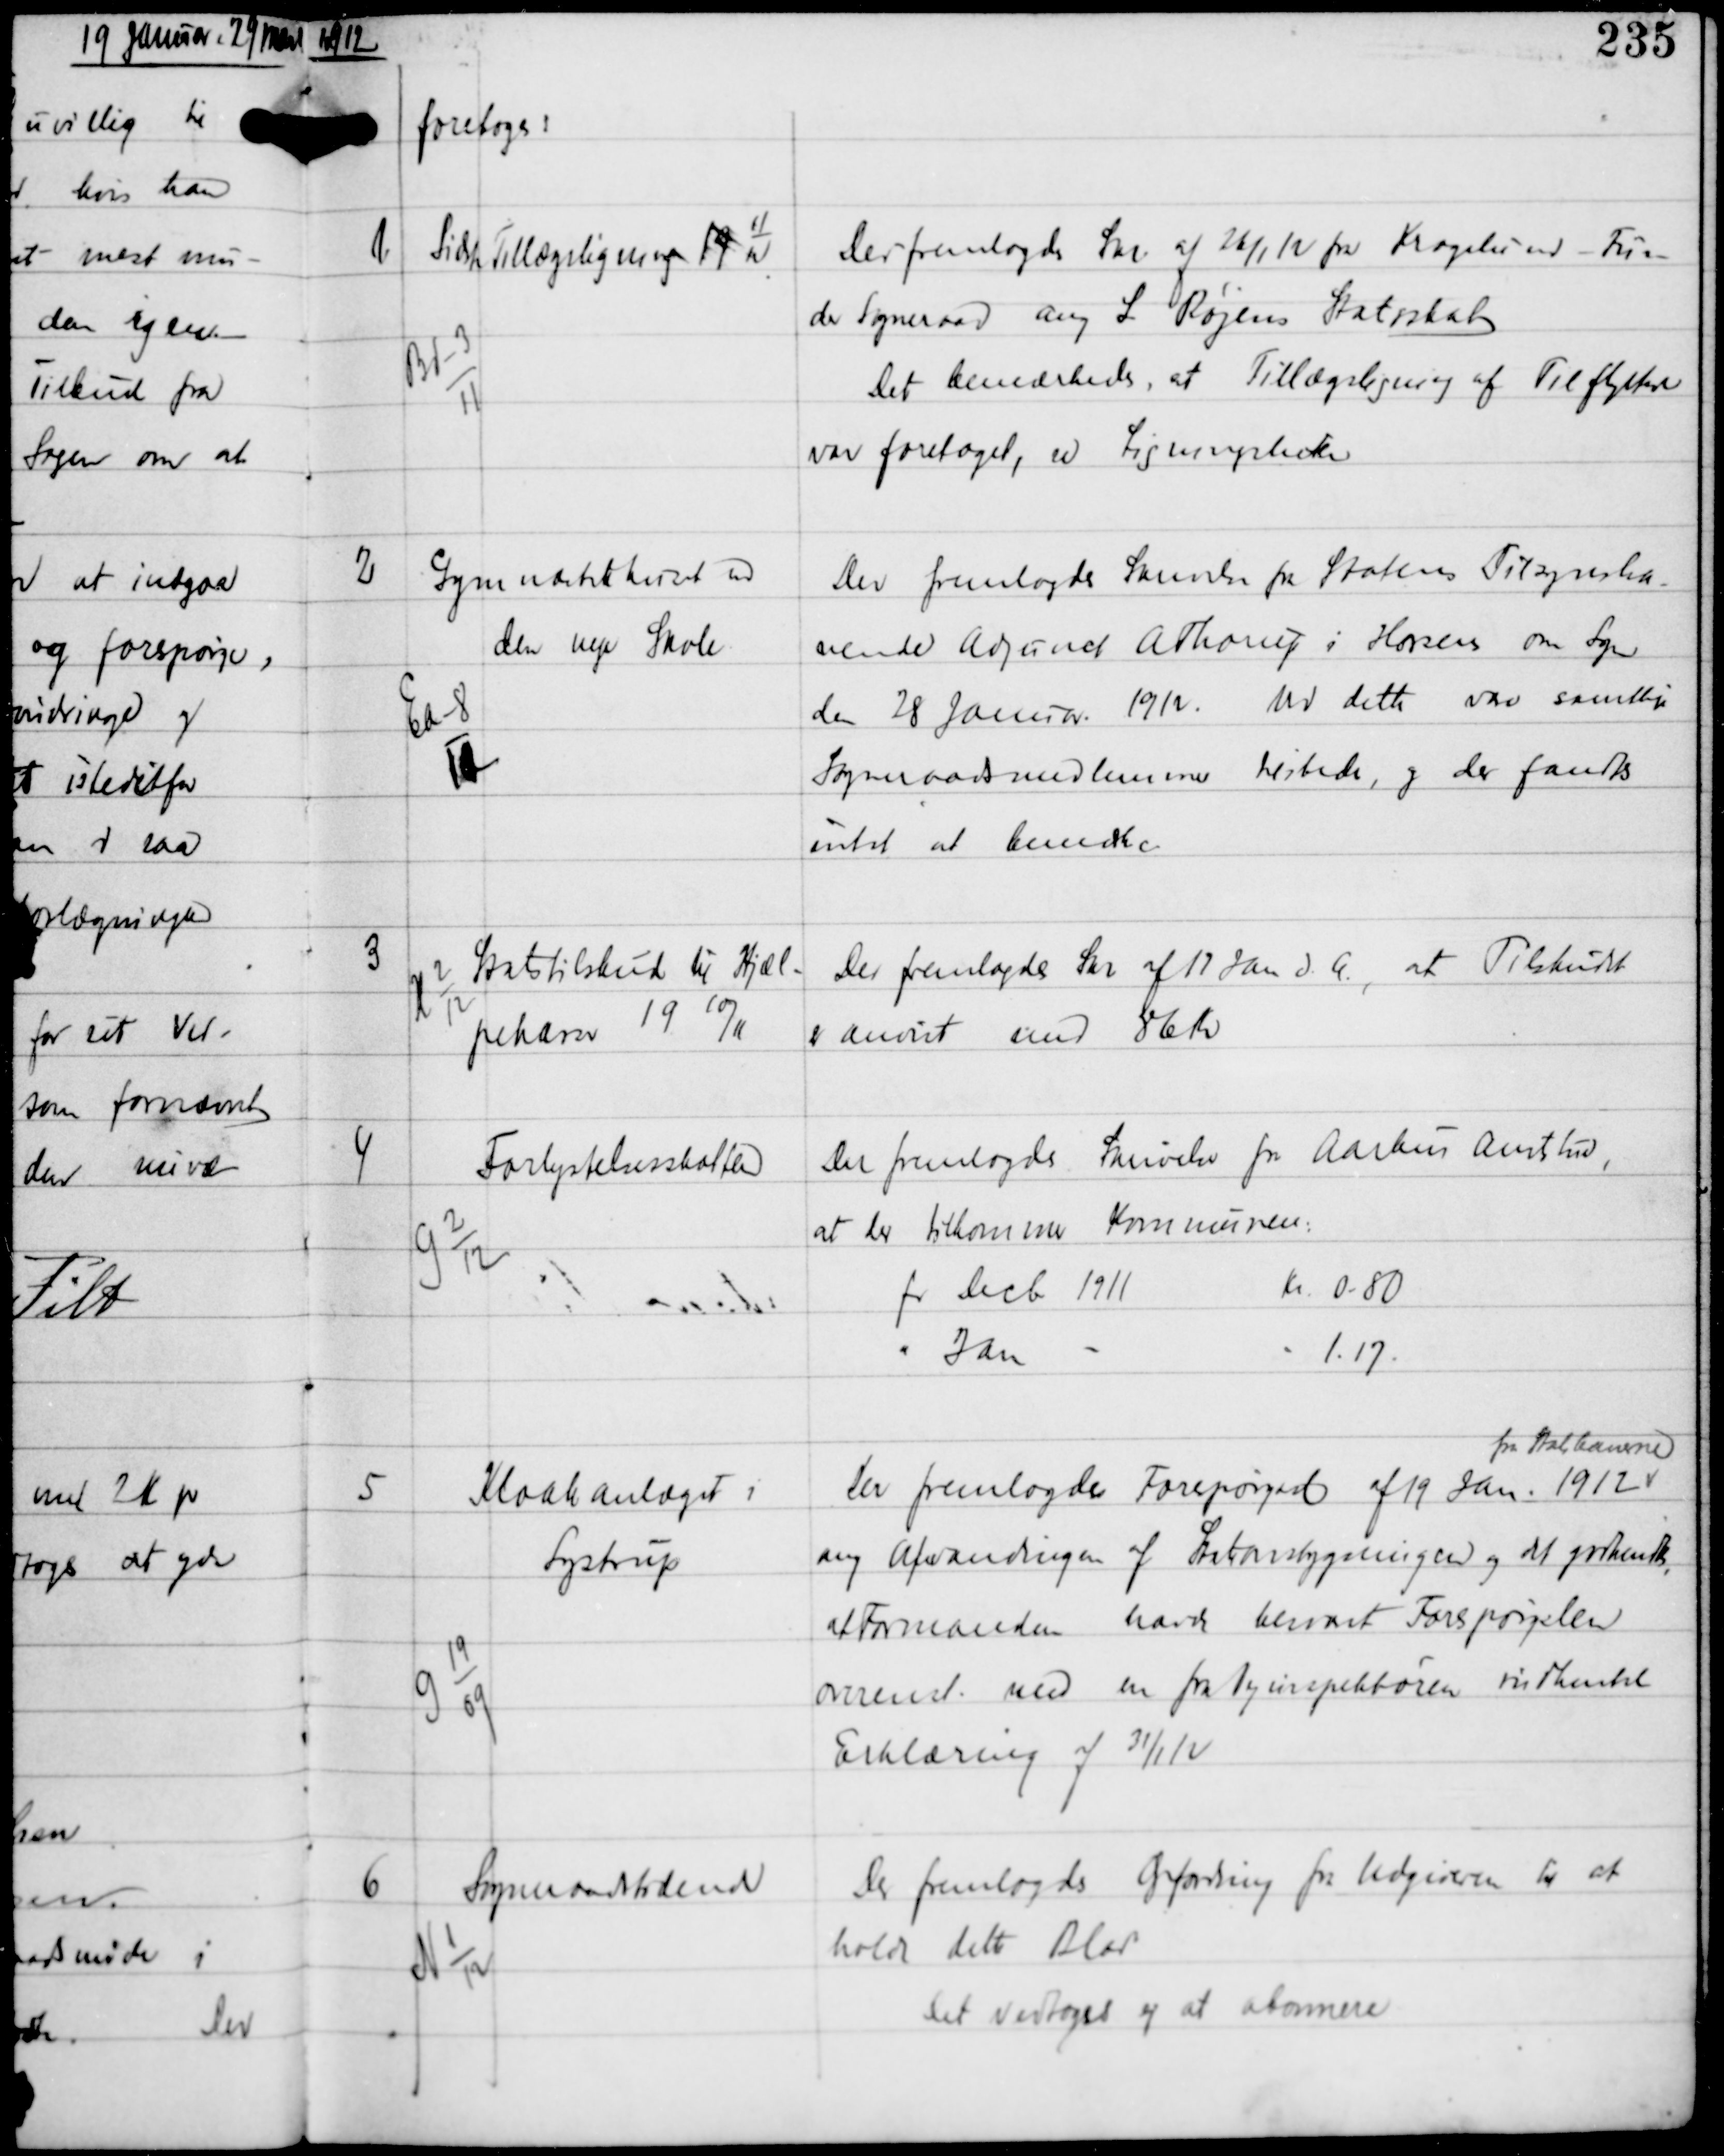
Transskription:
1912

foretoges:

1

Bd-3
11

Sidste Tillægsligning 19
11
12

Der fremlagdes Skr af 26/1 12 fra Kragelund - Fun-
der Sogneraad ang L Røjens Statsskat
Det bemærkedes, at Tillægsligning af Tilflyttere
var foretaget, se Ligningslisten.

2

Ea-8
12

Gymnastikhuset ved
den nye Skole

Der fremlagdes Skrivelse fra Statens Tilsynsha-
vende Adjunct A Thorup i Horsens om Syn
den 28 Januar 1912. Ved dette var samtlige
Sogneraadsmedlemmer tilstede, og der fandtes
intet at bemærke.

3

H 2
12

Statstilskud til Hjæl-
pekassen 19 10/11

Der fremlagdes Skr af 12 Jan d.A., at Tilskud
er anvist med 86 Kr

4

G 2
12

Forlystelsesskatten

Der fremlagdes Skrivelse fra Aarhus Amtstue,
at der tilkommer Kommunen
for Decb 1911 Kr 0.80
" Jan -
- 1.17

5

G 19
09

Kloakanlæget i
Lystrup

Der fremlagdes Forespørgsel af 19 Jan. 1912
fra Statskasserne
ang afvandingen af Stationsbygningen og det godkendtes,
at Formanden havde besvaret Forespørgslen
overenst med en fra Vejinspektøren indhentet
Erklæring af 31/1 12

6

N 1
12

Sogneraadstidende

Der fremlagdes Opfordring fra Udgiveren til at
holde dette Blad
Det vedtoges ej at abonnere